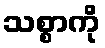
သစ္စာကို